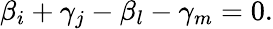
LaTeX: \beta_{i}+\gamma_{j}-\beta_{l}-\gamma_{m}=0.